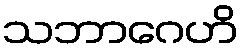
သဘာဂေဟိ